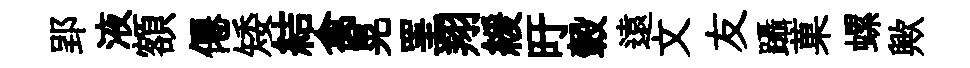
郢液額僊矮結禽晃罣翔緩旴轂遠文友躡菓螺歟